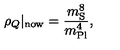
\rho _ { Q } \vert _ { \mathrm { n o w } } = \frac { m _ { \mathrm { S } } ^ { 8 } } { m _ { \mathrm { P l } } ^ { 4 } } ,